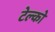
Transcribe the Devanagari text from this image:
टेल्‍को